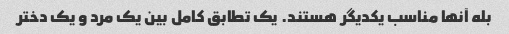
بله آنها مناسب یکدیگر هستند. یک تطابق کامل بین یک مرد و یک دختر